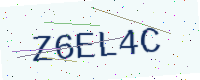
Text: Z6EL4C